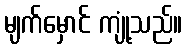
မျက်မှောင် ကျုံ့သည်။